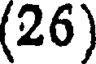
(26)